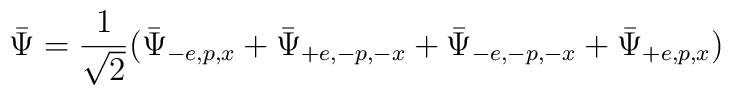
\bar{\Psi}=\frac{1}{\sqrt{2}}(\bar{\Psi}_{-e,p,x}+\bar{\Psi}_{+e,-p,-x}+\bar{\Psi}_{-e,-p,-x}+\bar{\Psi}_{+e,p,x})